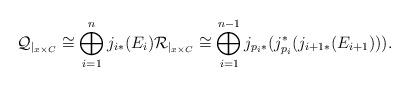
LaTeX: \begin{align*}\mathcal{Q}_{|_{x \times C}} \cong \bigoplus_{i=1}^{n}j_{i*}(E_i) \mathcal{R}_{|_{x \times C}} \cong \bigoplus_{i=1}^{n-1} j_{p_i *}(j_{p_i}^*(j_{i+1 *}(E_{i+1}))).\end{align*}